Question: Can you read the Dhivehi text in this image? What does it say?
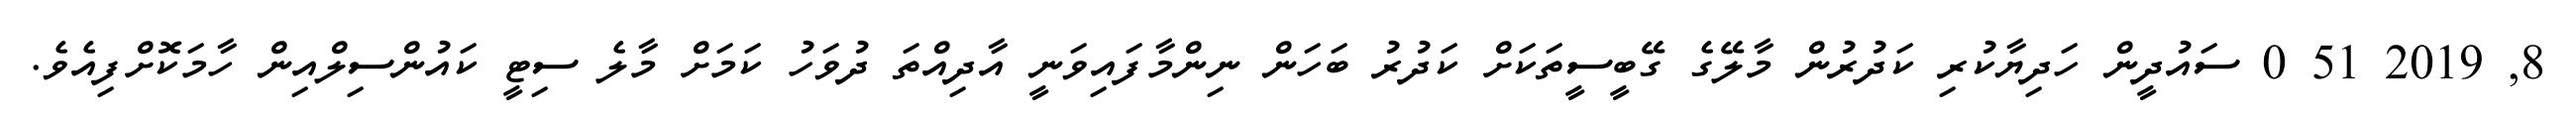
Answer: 8, 2019 51 0 ސައުދީން ހަދިޔާކުރި ކަދުރުން މާލޭގެ ގޭބީސީތަކަށް ކަދުރު ބަހަން ނިންމާފައިވަނީ އާދިއްތަ ދުވަހު ކަމަށް މާލެ ސިޓީ ކައުންސިލްއިން ހާމަކޮށްފިއެވެ.